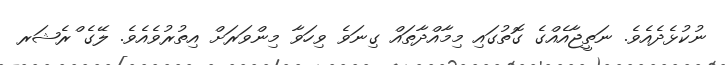
ނުކުޅެދެއެވެ. ނަތީޖާއެއްގެ ގޮތުގައި މިމާއްދާތައް ގިނަވެ ވިހަވާ މިންވަރަށް އިތުރުވެއެވެ. ލޭގެ ްރެޝަރ